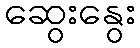
ဆွေးနွေး